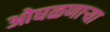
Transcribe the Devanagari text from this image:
ओघळणाऱ्या